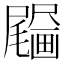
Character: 𤳰